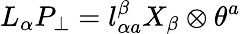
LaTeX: L_{\alpha}P_{\perp}=l_{\alpha a}^{\beta}X_{\beta}\otimes\theta^{a}